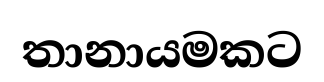
තානායමකට